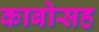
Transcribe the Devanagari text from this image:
काबोसह